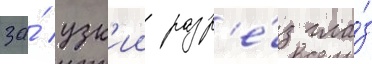
за́ узк'ии разр'е́з гла́з